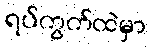
ရပ်ကွက်ထဲမှာ